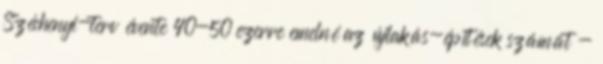
Széchenyi-terv évente 40-50 ezerre emelné az újlakás-építések számát -